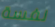
نفسة